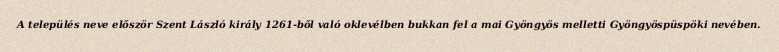
A település neve először Szent László király 1261-ből való oklevélben bukkan fel a mai Gyöngyös melletti Gyöngyöspüspöki nevében.